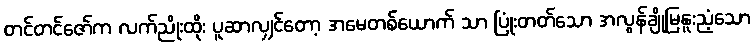
တင်တင်ဇော်က လက်ညိုးထိုး ပူဆာလျှင်တော့ အမေတစ်ယောက် သာ ပြုံးတတ်သော အလွန်ချိုမြနူးညံ့သော